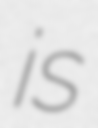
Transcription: is